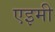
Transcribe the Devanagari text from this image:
एइमी